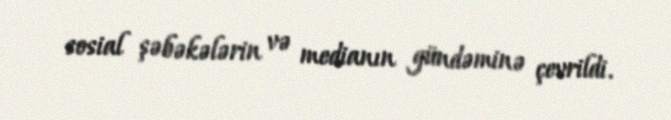
sosial şəbəkələrin və medianın gündəminə çevrildi.